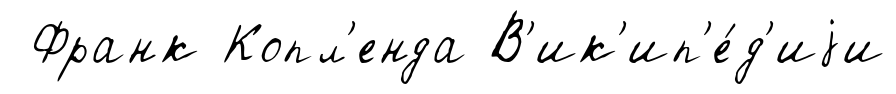
Франк Копл'енда В'ик'ип'е́д'иjи